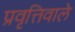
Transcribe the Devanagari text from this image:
प्रवृत्तिवाले